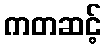
ကတဆင့်